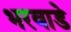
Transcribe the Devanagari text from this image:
भरवाडे